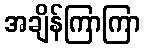
အချိန်ကြာကြာ